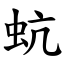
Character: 蚢